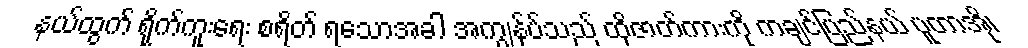
နယ်ထွက် ရိုက်ကူးရေး စရိတ် ရသောအခါ အကျွန်ုပ်သည် ထိုဇာတ်ကားကို ကချင်ပြည်နယ် ပူတာအို၊